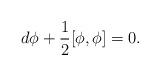
LaTeX: \begin{align*} d\phi+\frac{1}{2}[\phi,\phi]=0. \end{align*}